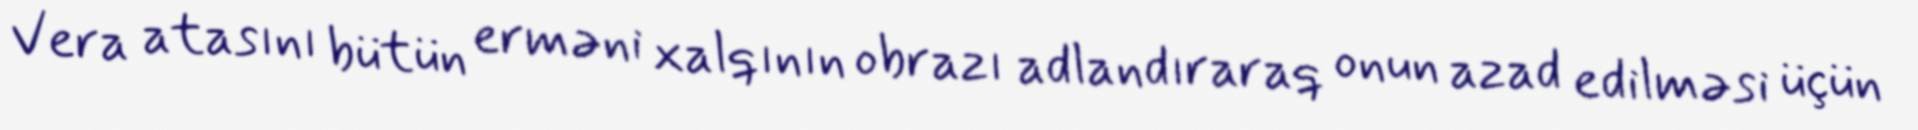
Vera atasını bütün erməni xalqının obrazı adlandıraraq onun azad edilməsi üçün